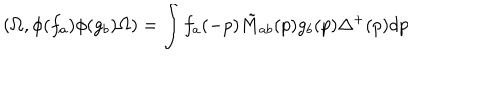
( \Omega , \phi ( f _ { a } ) \phi ( g _ { b } ) \Omega ) = \int f _ { a } ( - p ) \tilde { M } _ { a b } ( p ) g _ { b } ( p ) \Delta ^ { + } ( p ) d p